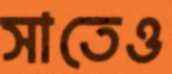
সাতেও